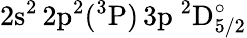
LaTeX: \mathrm{2s^{2}\, 2p^{2}(^{3}P)\, 3p~^{2}D_{5/2}^{\circ}}